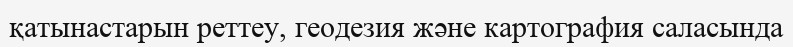
қатынастарын реттеу, геодезия және картография саласында